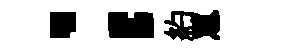
；約罳